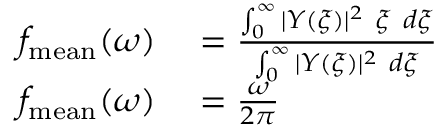
\begin{array} { r l } { f _ { \mathrm { m e a n } } ( \omega ) } & { { } = \frac { \int _ { 0 } ^ { \infty } | Y ( \xi ) | ^ { 2 } ~ \xi ~ d \xi } { \int _ { 0 } ^ { \infty } | Y ( \xi ) | ^ { 2 } ~ d \xi } } \\ { f _ { \mathrm { m e a n } } ( \omega ) } & { { } = \frac { \omega } { 2 \pi } } \end{array}